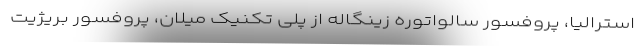
استرالیا، پروفسور سالواتوره زینگاله از پلی تکنیک میلان، پروفسور بریژیت